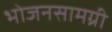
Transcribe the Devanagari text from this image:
भोजनसामग्री